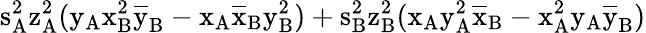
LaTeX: \mathrm{s_{A}^{2}\mathrm{z_{A}^{2}(\mathrm{y_{A}\mathrm{x_{B}^{2}\mathrm{\overline{{y}}_{B}-\mathrm{x_{A}\mathrm{\overline{{x}}_{B}\mathrm{y_{B}^{2})+\mathrm{s_{B}^{2}\mathrm{z_{B}^{2}(\mathrm{x_{A}\mathrm{y_{A}^{2}\mathrm{\overline{{x}}_{B}-\mathrm{x_{A}^{2}\mathrm{y_{A}\mathrm{\overline{{y}}_{B})}}}}}}}}}}}}}}}}